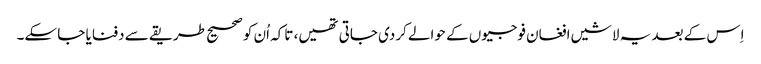
اِس کے بعد یہ لاشیں افغان فوجیوں کے حوالے کردی جاتی تھیں، تاکہ اُن کو صحیح طریقے سے دفنایا جا سکے۔